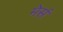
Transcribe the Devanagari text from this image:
मेर्स